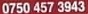
0750 457 3943